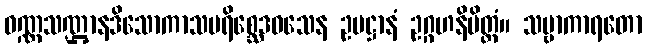
ဝဏ္ဏသဏ္ဌာနဒိသောကာသပရိစ္ဆေဒဝသေန ဥပဋ္ဌာနံ ဥဂ္ဂဟနိမိတ္တံ။ သဗ္ဗာကာရတော